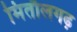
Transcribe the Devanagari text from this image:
मितौलगढ़